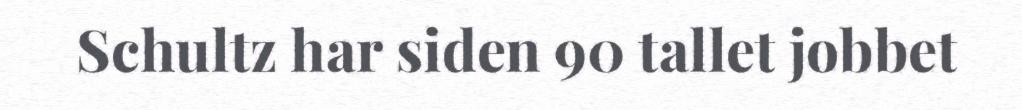
Schultz har siden 90 tallet jobbet